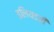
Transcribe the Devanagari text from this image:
इलियडची